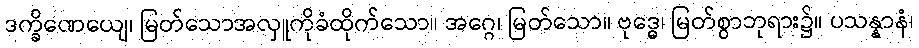
ဒက္ခိဏေယျေ၊ မြတ်သောအလှူကိုခံထိုက်သော။ အဂ္ဂေ၊ မြတ်သော။ ဗုဒ္ဓေ၊ မြတ်စွာဘုရား၌။ ပသန္နာနံ၊